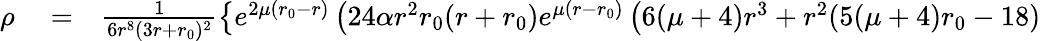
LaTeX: \begin{array}{rlr}{\rho}&{{}=}&{\frac{1}{6r^{8}(3r+{r_{0}})^{2}}\left\lbrace e^{2\mu({r_{0}}-r)}\left(24\alpha r^{2}{r_{0}}(r+{r_{0}})e^{\mu(r-{r_{0}})}\left(6(\mu+4)r^{3}+r^{2}(5(\mu+4){r_{0}}-18)\right.\right.\right.}\end{array}